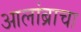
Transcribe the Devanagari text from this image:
आलांब्राचा